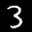
Label: 3